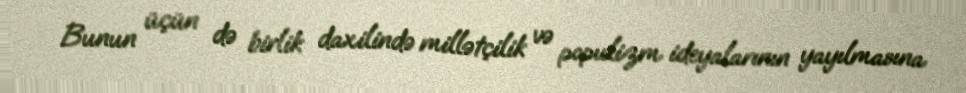
Bunun üçün də birlik daxilində millətçilik və populizm ideyalarının yayılmasına